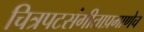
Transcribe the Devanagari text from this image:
चित्रपटसंगीताप्रमाणेच